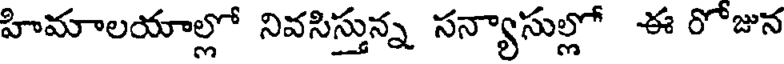
హిమాలయాల్లో నివసిస్తున్న సన్యాసుల్లో ఈ రోజున